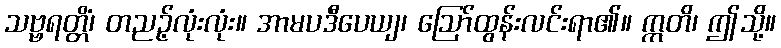
သဗ္ဗရတ္တိံ၊ တညဉ့်လုံးလုံး။ အာမပဒီပေယျ၊ ဩော်ထွန်းလင်းရာ၏။ ဣတိ၊ ဤသို့။